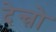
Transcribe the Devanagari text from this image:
देन्त्रो